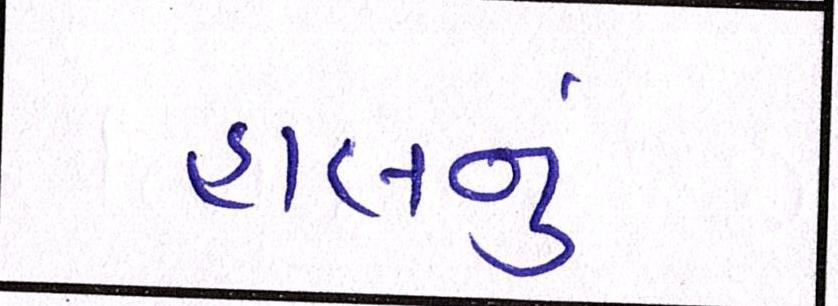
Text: હાલનું